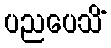
ပညပေသိံ